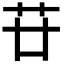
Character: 𦬵